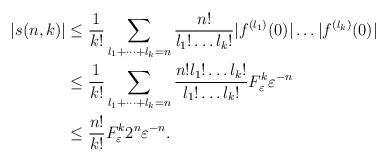
LaTeX: \begin{align*}|s(n,k)| & \le\frac{1}{k!}\sum_{l_{1}+\dots+l_{k}=n}\frac{n!}{l_{1}!\dots l_{k}!}|f^{(l_{1})}(0)|\dots|f^{(l_{k})}(0)|\\ & \leq\frac{1}{k!}\sum_{l_{1}+\dots+l_{k}=n}\frac{n!l_{1}!\dots l_{k}!}{l_{1}!\dots l_{k}!}F_{\varepsilon}^{k}\varepsilon^{-n}\\ & \leq\frac{n!}{k!}F_{\varepsilon}^{k}2^{n}\varepsilon^{-n}.\end{align*}